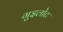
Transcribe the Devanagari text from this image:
गुइलोट